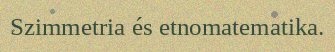
Szimmetria és etnomatematika.